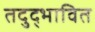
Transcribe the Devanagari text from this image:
तदुद्भावित